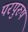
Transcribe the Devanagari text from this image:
परपुरुष